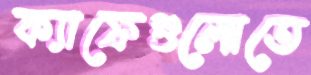
ক্যাফেগুলোতে